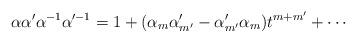
LaTeX: \begin{align*}\alpha \alpha'\alpha^{-1}\alpha'^{-1} = 1 + (\alpha_m\alpha'_{m'}-\alpha'_{m'}\alpha_{m})t^{m+m'}+\cdots \end{align*}